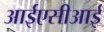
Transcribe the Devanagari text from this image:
आईएसीआई